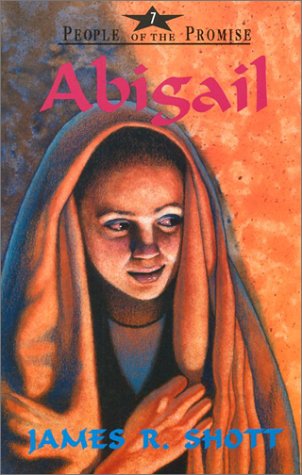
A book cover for Abigail (People of the Promise); James R. Shott; Christian Books & Bibles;